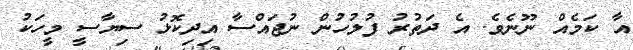
އާ ކަމެއް ނޫނެވެ. އެ ދަތުރު ފުލުހުން ނުޖައްސާ އިދިކޮޅު ސިޔާސީ މީހަކު